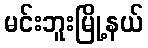
မင်းဘူးမြို့နယ်